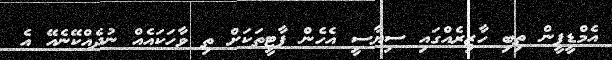
އެމްޑީޕީން ތިބި ހާޒިރެއްގައި ސިޔާސީ އެހެން ޕާޓީތަކަށް ތި ވާހަކައެއް ނުދެއްކޭނެއޭ އެ